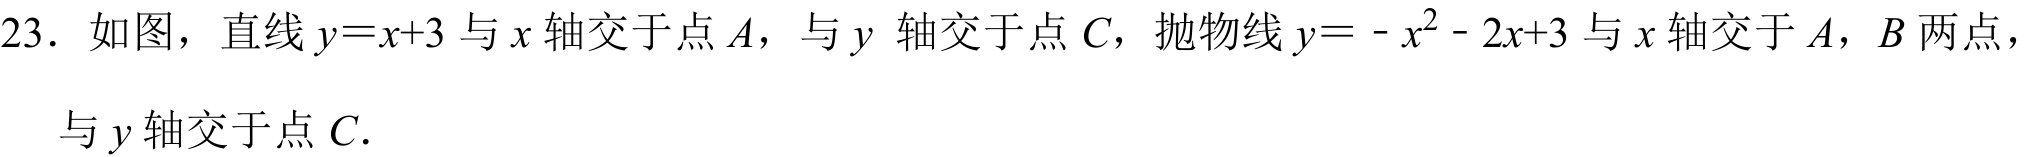
23. 如图，直线\(y = x + 3\)与\(x\)轴交于点\(A\)，与\(y\)轴交于点\(C\)，抛物线\(y=-x^{2}-2x + 3\)与\(x\)轴交于\(A\)，\(B\)两点，与\(y\)轴交于点\(C\).